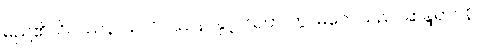
မည်၏။ ဝိပဿနာယ၊ ဝိပဿနာနှင့်။ သဟ၊ ကွ။ မဂ္ဂေါ၊ သည်။ ဆန္ဒရာဂနိ